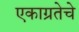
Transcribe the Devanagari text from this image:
एकाग्रतेचे